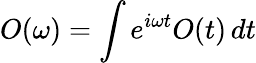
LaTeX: O(\omega)=\int e^{i\omega t}O(t)\, dt